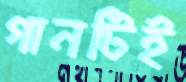
গানটিই